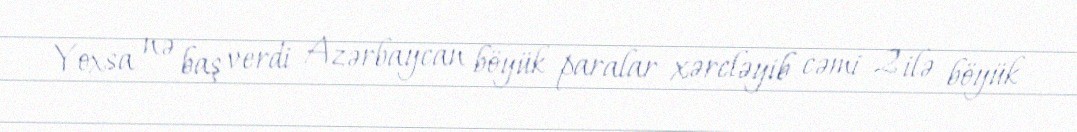
Yoxsa nə baş verdi Azərbaycan böyük paralar xərcləyib cəmi 2 ilə böyük